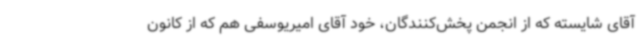
آقای شایسته که از انجمن پخش‌کنندگان، خود آقای امیریوسفی هم که از کانون